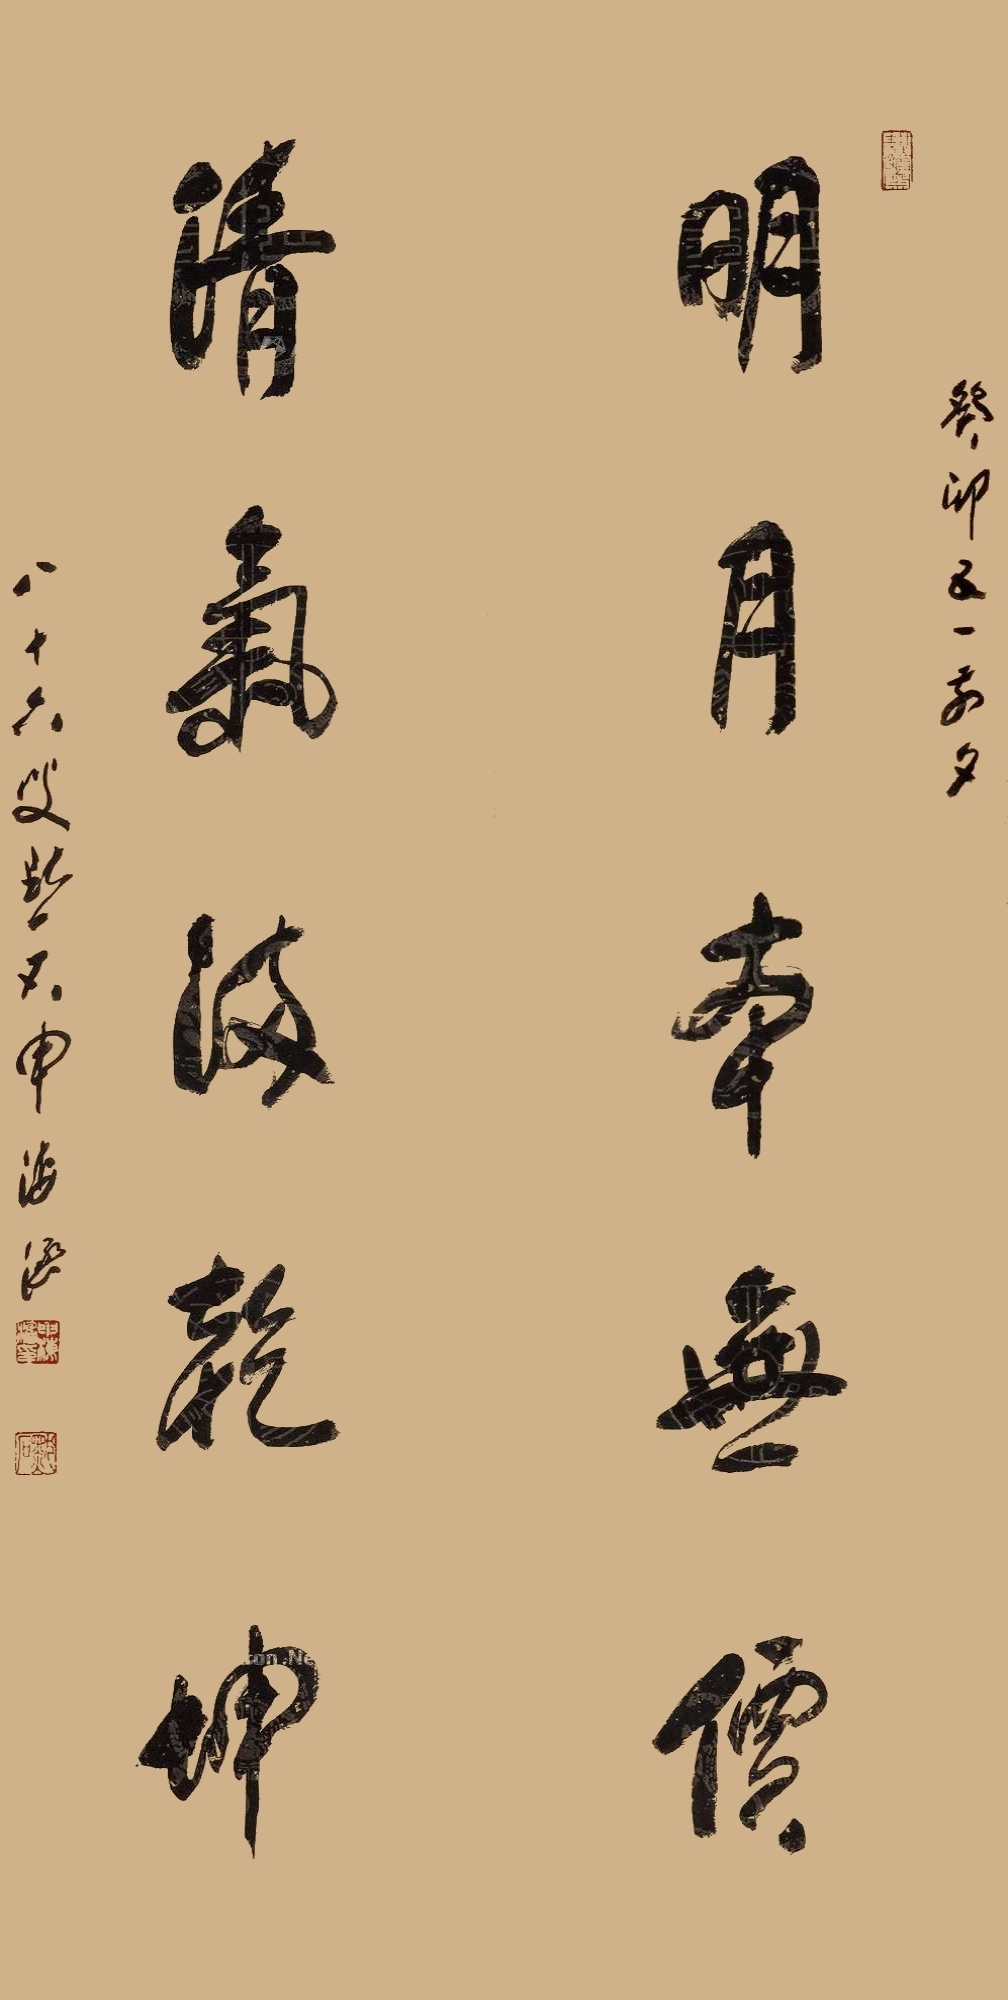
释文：明月本无价，清气满乾坤。癸卯五一前夕，八十六叟默石申海涵。